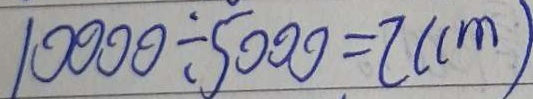
1 0 0 0 0 \div 5 0 0 0 = 2 ( c m )